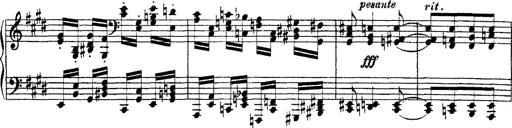
Title: Ã‰tudes d'exÃ©cution transcendante d'aprÃ¨s Paganini
Composer: Franz Liszt